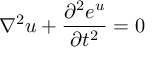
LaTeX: \nabla ^ { 2 } u + { \frac { \partial ^ { 2 } e ^ { u } } { \partial t ^ { 2 } } } = 0